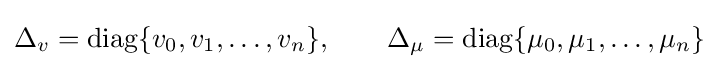
\Delta _{v}=\operatorname {diag} \{v_{0},v_{1},\ldots ,v_{n}\},\qquad \Delta _{\mu }=\operatorname {diag} \{\mu _{0},\mu _{1},\ldots ,\mu _{n}\}